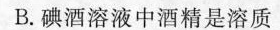
B.碘酒溶液中酒精是溶质